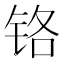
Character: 铬